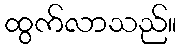
ထွက်လာသည်။